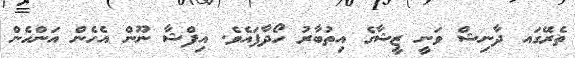
ތެރޭގައ ދާނިޝް ވަނީ ޒީޝާގެ އިތުބާރު ހޯދާފައެވެ. އިފްޝާ ނޫން އެހެން އަންހެން